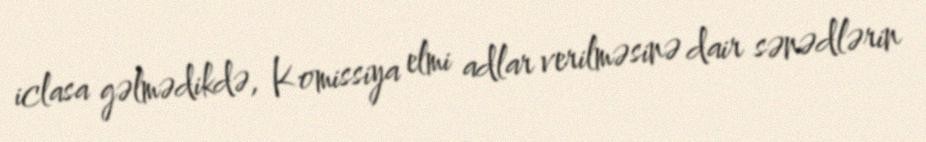
iclasa gəlmədikdə, Komissiya elmi adlar verilməsinə dair sənədlərin